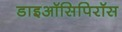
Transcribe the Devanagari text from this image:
डाइऑसिपिरॉस